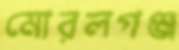
মোরলগঞ্জ